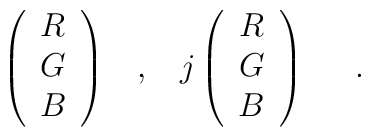
\left( \begin{array}{c} R\\ G\\ B \end{array} \right) \; \; \; , \; \; \;j\left( \begin{array}{c} R\\ G\\ B \end{array} \right) \; \; \; \; \; .